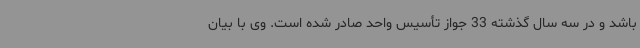
باشد و در سه سال گذشته 33 جواز تأسیس واحد صادر شده است. وی با بیان